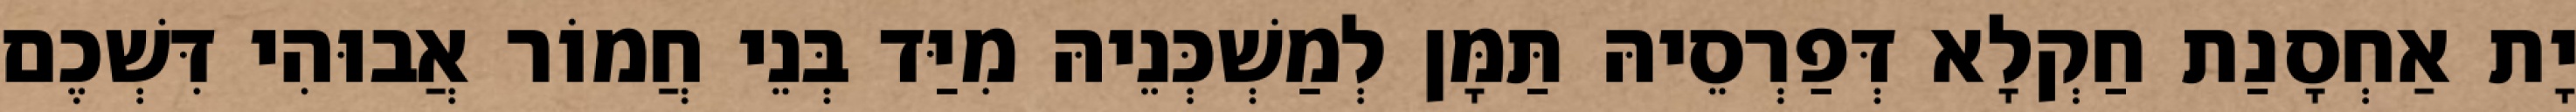
יָת אַחְסָנַת חַקְלָא דְּפַרְסֵיהּ תַּמָּן לְמַשְׁכְּנֵיהּ מִיַּד בְּנֵי חֲמוֹר אֲבוּהִי דִּשְׁכֶם